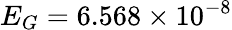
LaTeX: E_{G}=6.568\times 10^{-8}